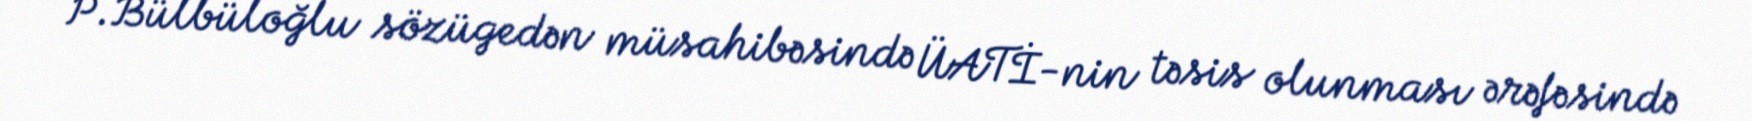
P.Bülbüloğlu sözügedən müsahibəsində ÜATİ-nin təsis olunması ərəfəsində